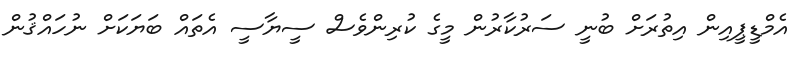
އެމްޑީޕީއިން އިތުރަށް ބުނީ ސަރުކާރުން މީގެ ކުރިންވެސް ސީޔާސީ އެތައް ބަޔަކަށް ނުހައްޤުން